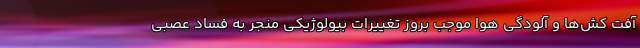
آفت کش‌ها و آلودگی هوا موجب بروز تغییرات بیولوژیکی منجر به فساد عصبی